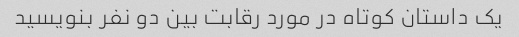
یک داستان کوتاه در مورد رقابت بین دو نفر بنویسید